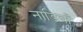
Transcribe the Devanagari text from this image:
नाडियाँ